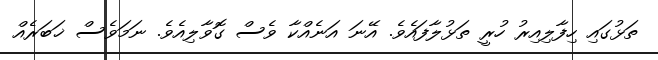
ތަޅުގައި ހިފާލިއިރު ހުރީ ތަޅުލާފައެވެ. އޭނަ އަނެއްކާ ވެސް ގޮވާލިއެވެ. ނަމަވެސް ޚަބަރެއް